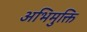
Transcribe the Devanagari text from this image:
अभिमुक्ति